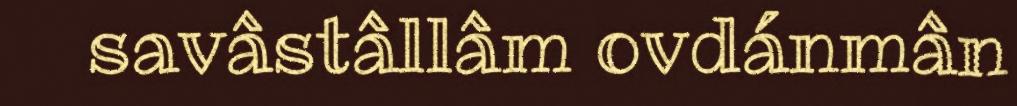
savâstâllâm ovdánmân